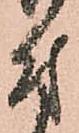
付